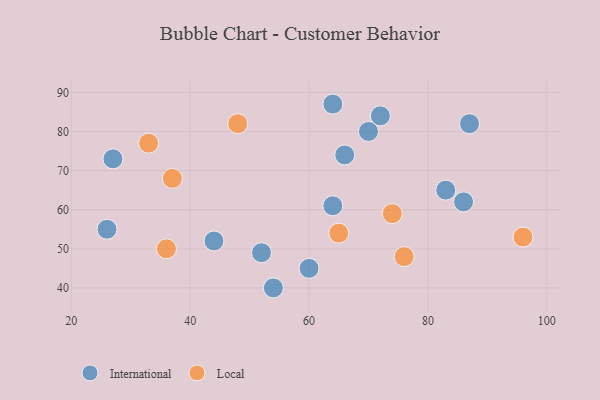
{"axis": {"x": "GDP", "y": "Life Expectancy"}, "legend": ["International", "Local"], "data": [{"x": "64", "y": 87, "type": "International"}, {"x": "70", "y": 80, "type": "International"}, {"x": "27", "y": 73, "type": "International"}, {"x": "83", "y": 65, "type": "International"}, {"x": "44", "y": 52, "type": "International"}, {"x": "72", "y": 84, "type": "International"}, {"x": "66", "y": 74, "type": "International"}, {"x": "52", "y": 49, "type": "International"}, {"x": "60", "y": 45, "type": "International"}, {"x": "64", "y": 61, "type": "International"}, {"x": "54", "y": 40, "type": "International"}, {"x": "87", "y": 82, "type": "International"}, {"x": "86", "y": 62, "type": "International"}, {"x": "26", "y": 55, "type": "International"}, {"x": "33", "y": 77, "type": "Local"}, {"x": "74", "y": 59, "type": "Local"}, {"x": "37", "y": 68, "type": "Local"}, {"x": "65", "y": 54, "type": "Local"}, {"x": "96", "y": 53, "type": "Local"}, {"x": "76", "y": 48, "type": "Local"}, {"x": "36", "y": 50, "type": "Local"}, {"x": "48", "y": 82, "type": "Local"}]}